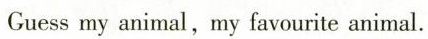
Guess my animal,my favourite animal.